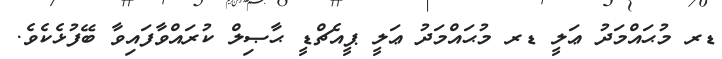
ޑރ މުޙައްމަދު ޢަލީ ޑރ މުޙައްމަދު ޢަލީ ޕީއެޗްޑީ ޙާޞިލް ކުރައްވާފައިވާ ބޭފުޅެކެވެ.